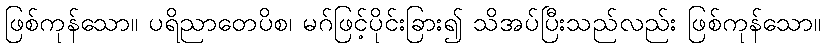
ဖြစ်ကုန်သော။ ပရိညာတေပိစ၊ မဂ်ဖြင့်ပိုင်းခြား၍ သိအပ်ပြီးသည်လည်း ဖြစ်ကုန်သော။